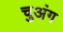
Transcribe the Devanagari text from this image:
चुअंग